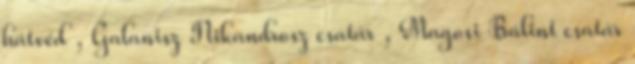
hátvéd , Galanisz Nikandrosz csatár , Magosi Bálint csatár